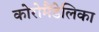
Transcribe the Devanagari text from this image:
कोरोमैंडेलिका